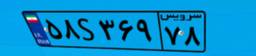
۵۸S۳۶۹۷۸